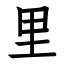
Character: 里